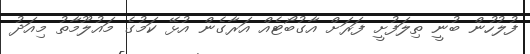
ފުލުހުން ބުނީ ތިލަފުށީ ފަރަށް އާގުބޯޓެއް އަރާގެން އުޅޭ ކަމުގެ މައުލޫމާތު މިއަދު